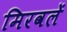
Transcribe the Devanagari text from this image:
मिरवलें